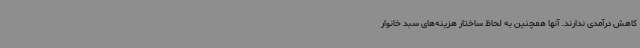
کاهش درآمدی ندارند. آنها همچنین به لحاظ ساختار هزینه‌های سبد خانوار